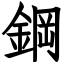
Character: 鋼